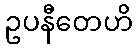
ဥပနီတေဟိ